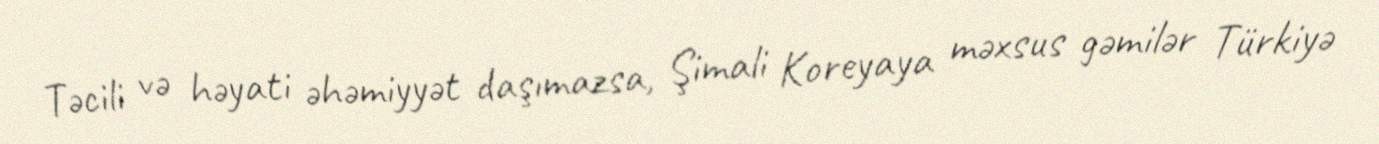
Təcili və həyati əhəmiyyət daşımazsa, Şimali Koreyaya məxsus gəmilər Türkiyə